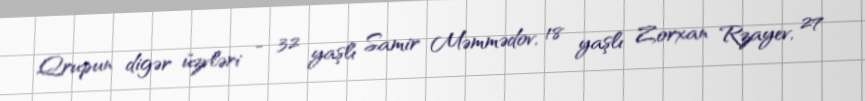
Qrupun digər üzvləri - 32 yaşlı Samir Məmmədov, 18 yaşlı Zorxan Rzayev, 27